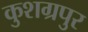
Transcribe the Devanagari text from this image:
कुशग्रपुर